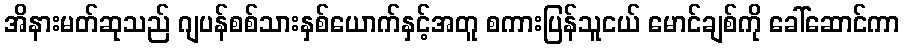
အိနားမတ်ဆုသည် ဂျပန်စစ်သားနှစ်ယောက်နှင့်အတူ စကားပြန်သူငယ် မောင်ချစ်ကို ခေါ်ဆောင်ကာ